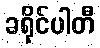
ခရိုင်ပါတီ